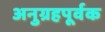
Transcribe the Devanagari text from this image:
अनुग्रहपूर्वक